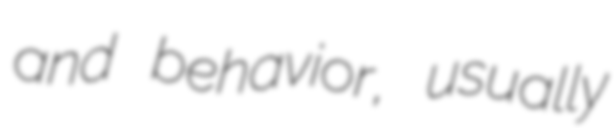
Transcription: and behavior, usually